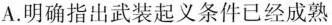
A.明确指出武装起义条件已经成熟